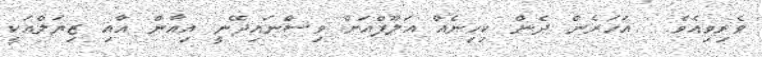
ވެރިވިއެވެ.  އަހަރެން ދެން ކިހިނެއް އަލޫފްއަށް ވިސްނައިދޭނީ އިއާން އާއި ޒިޔަލްއަކީ